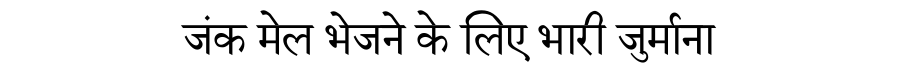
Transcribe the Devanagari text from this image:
जंक मेल भेजने के लिए भारी जुर्माना